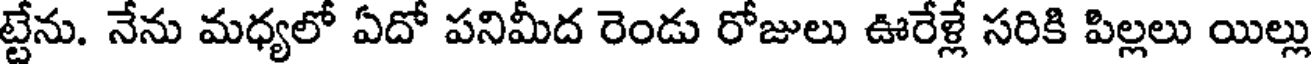
ట్టేను. నేను మధ్యలో ఏదో పనిమీద రెండు రోజులు ఊరేళ్లే సరికి పిల్లలు యిల్లు